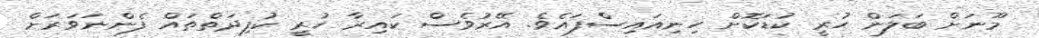
މޫނަށް ބަލަން ހުރީ ކުޑަކޮށް ހިނިއައިސްފައެވެ. އޭރުވެސް ކައިރާ ހުރީ ކުފިދަތްތައް ފެންނަވަރަށް